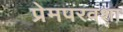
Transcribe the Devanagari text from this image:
प्रेमपरवशा